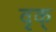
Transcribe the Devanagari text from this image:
वृक्